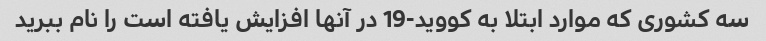
سه کشوری که موارد ابتلا به کووید-19 در آنها افزایش یافته است را نام ببرید